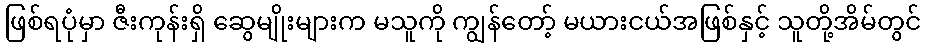
ဖြစ်ရပုံမှာ ဇီးကုန်းရှိ ဆွေမျိုးများက မသူကို ကျွန်တော့် မယားငယ်အဖြစ်နှင့် သူတို့အိမ်တွင်